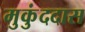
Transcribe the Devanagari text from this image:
मुकुंददास